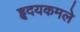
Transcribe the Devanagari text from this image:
हृदयकमले